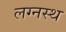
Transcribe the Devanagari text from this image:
लग्नस्थ